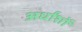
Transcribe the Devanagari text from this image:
अर्धांशों